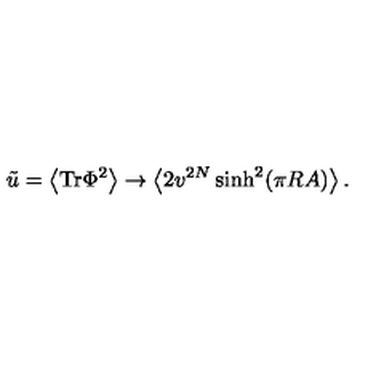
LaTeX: \tilde { u } = \left< \mathrm { T r } \Phi ^ { 2 } \right> \rightarrow \left< 2 v ^ { 2 N } \sinh ^ { 2 } ( \pi R A ) \right> .